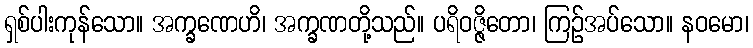
ရှစ်ပါးကုန်သော။ အက္ခဏေဟိ၊ အက္ခဏတို့သည်။ ပရိဝဇ္ဇိတော၊ ကြဉ်အပ်သော။ နဝမော၊